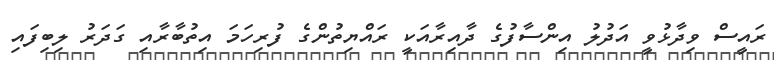
ރައީސް ވިދާޅުވީ އަދުލު އިންސާފުގެ ދާއިރާއަކީ ރައްޔިތުންގެ ފުރިހަމަ އިތުބާރާއި ގަދަރު ލިބިފައި